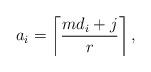
LaTeX: \begin{align*} a_i = \left\lceil \frac{md_i+j}{r} \right\rceil, \end{align*}